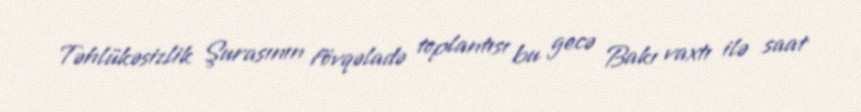
Təhlükəsizlik Şurasının fövqəladə toplantısı bu gecə Bakı vaxtı ilə saat